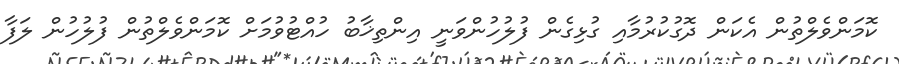
ކޮމަންވެލްތުން އެކަން ދޮގުކުރުމާއި ގުޅިގެން ފުލުހުންވަނީ އިންތިޚާބު ހުއްޓުވުމަށް ކޮމަންވެލްތުން ފުލުހުން ލަފާ